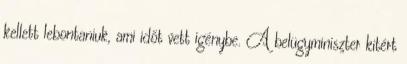
kellett lebontaniuk, ami időt vett igénybe. A belügyminiszter kitért